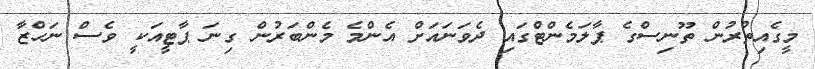
މީގެއިތުރުން ތޫނިސްގެ ޕާލަމެންޓްގައި ދެވަނައަށް އެންމެ މެންބަރުން ގިނަ ޕާޓީއަކީ ވެސް ނަހްޒާ